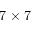
7 \times 7